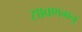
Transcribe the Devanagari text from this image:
सावणमनु